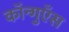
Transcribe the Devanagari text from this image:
कॉन्गुएँस